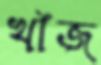
খাঁজ